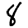
Digit: 8